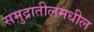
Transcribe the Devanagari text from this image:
समुद्रातीलमधील